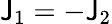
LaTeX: \mathsf{J}_{1}=-\mathsf{J}_{2}